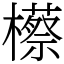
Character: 櫒